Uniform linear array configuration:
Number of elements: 4
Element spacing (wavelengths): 0.75
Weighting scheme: cosine
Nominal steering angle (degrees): -60
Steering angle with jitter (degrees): -58.704
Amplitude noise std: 0.05
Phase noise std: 0.05

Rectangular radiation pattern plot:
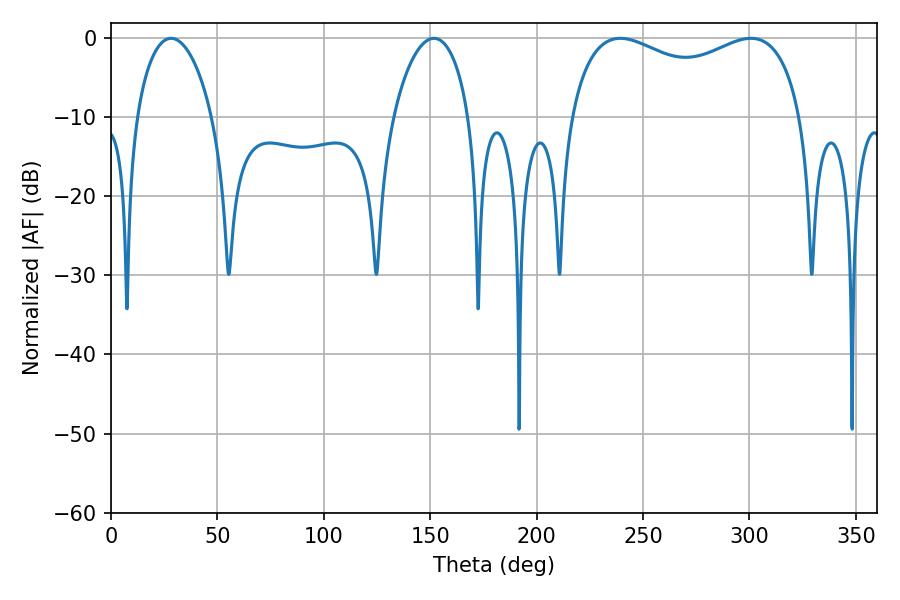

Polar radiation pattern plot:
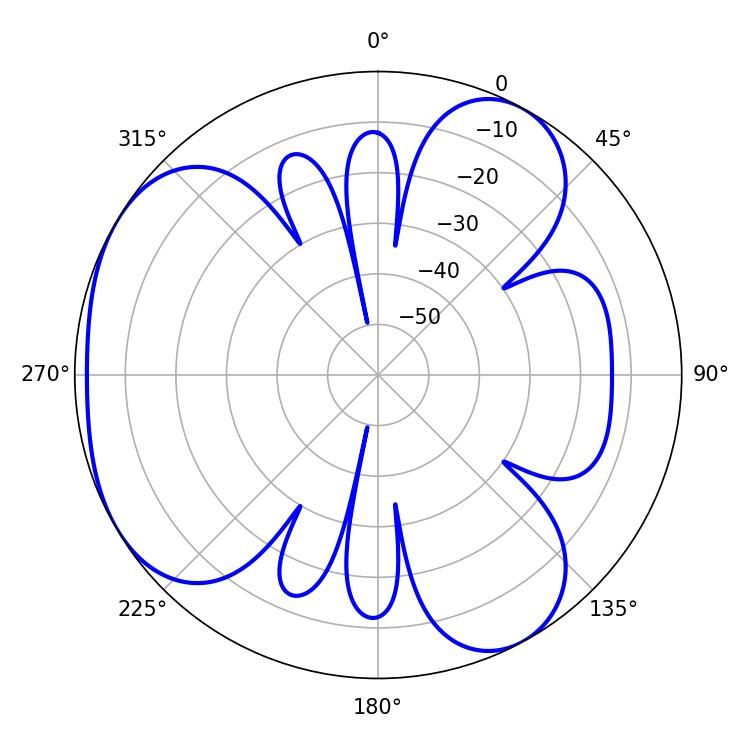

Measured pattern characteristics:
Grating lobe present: TRUE
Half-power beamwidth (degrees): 20.34
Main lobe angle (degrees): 28.26